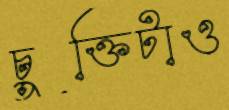
চুক্তিটাও